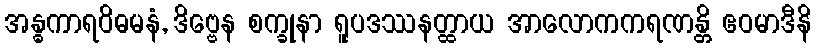
အန္ဓကာရဝိဓမနံ, ဒိဗ္ဗေန စက္ခုနာ ရူပဒဿနတ္ထာယ အာလောကကရဏန္တိ ဧဝမာဒီနိ